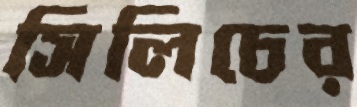
সিলিচের